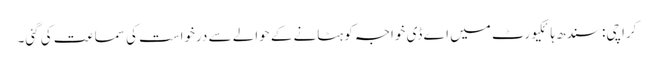
کراچی: سندھ ہائکیورٹ میں اے ڈی خواجہ کو ہٹانے کے حوالے سے درخواست کی سماعت کی گئی۔